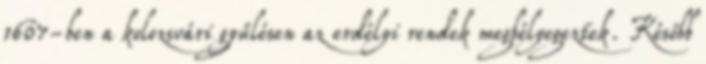
1607-ben a kolozsvári gyűlésen az erdélyi rendek megbélyegeztek. Később